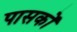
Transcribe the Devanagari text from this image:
पासकों